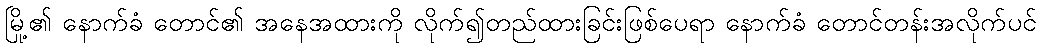
မြို့၏ နောက်ခံ တောင်၏ အနေအထားကို လိုက်၍တည်ထားခြင်းဖြစ်ပေရာ နောက်ခံ တောင်တန်းအလိုက်ပင်